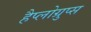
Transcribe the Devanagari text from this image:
हैप्लोग्रुप्स